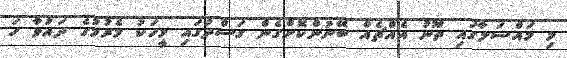
މި މައްސަލާގައި ތޫނު އެއްޗެއް ބޭނުންކޮށްގެން ގަސްދުގައި މީހަކު މެރުމުގެ ދައުވާ ހަ